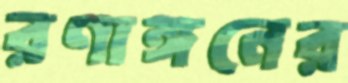
রণাঙ্গনের